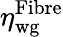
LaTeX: \eta_{\textrm{wg}}^{\textrm{Fibre}}